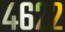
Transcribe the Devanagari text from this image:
४६२२